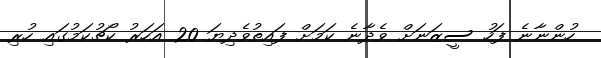
ހުންނާނެ ފަހު ސީޒަނަށް ވެދާނެ ކަމަށް ފައިތުވެދިޔަ 20 އަހަރު ކޯޗުކަމުގައި ހުރި